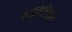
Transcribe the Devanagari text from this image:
प्राइवेटियरों